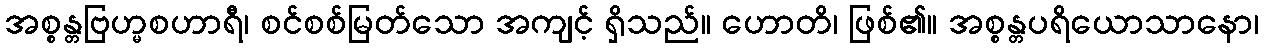
အစ္စန္တဗြဟ္မစဟာရီ၊ စင်စစ်မြတ်သော အကျင့် ရှိသည်။ ဟောတိ၊ ဖြစ်၏။ အစ္စန္တပရိယောသာနော၊